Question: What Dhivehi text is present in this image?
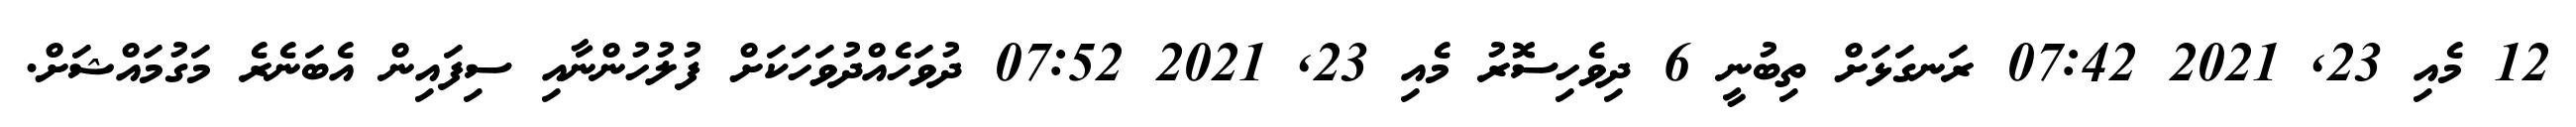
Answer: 12 މެއި 23, 2021 07:42 ރަނގަޅަށް ތިބުނީ 6 ދިވެހިސޮރު މެއި 23, 2021 07:52 ދުވަހެއްދުވަހަކަށް ފުލުހުންނާއި ސިފައިން އެބަނެރެ މަގުމައްޝަށް.